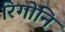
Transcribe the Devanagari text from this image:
रिगोनि